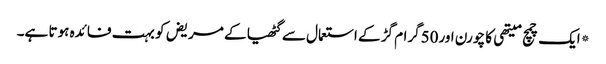
*ایک چمچ میتھی کا چورن اور50گرام گڑ کے استعمال سے گٹھیا کے مریض کو بہت فائدہ ہوتا ہے۔